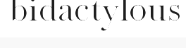
bidactylous